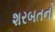
શરબતનો